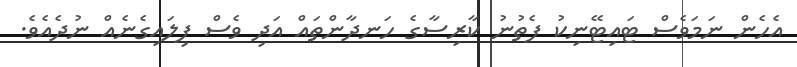
އެހެން ނަމަވެސް ޓައިޓޭނިކު ފެތުނު ކާރިސާގެ ހަނދާންތައް އަދި ވެސް ފިލައިގެނެއް ނުދެއެވެ.